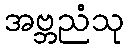
အဗ္ဘညံသု